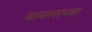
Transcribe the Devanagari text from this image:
वायरसच्या